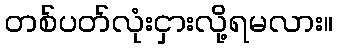
တစ်ပတ်လုံးငှားလို့ရမလား။